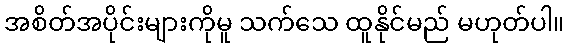
အစိတ်အပိုင်းများကိုမူ သက်သေ ထူနိုင်မည် မဟုတ်ပါ။